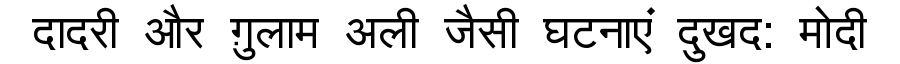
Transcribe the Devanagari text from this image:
दादरी और ग़ुलाम अली जैसी घटनाएं दुखद: मोदी